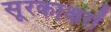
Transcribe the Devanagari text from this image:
सूरकाक्षरों